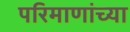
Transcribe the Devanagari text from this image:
परिमाणांच्या